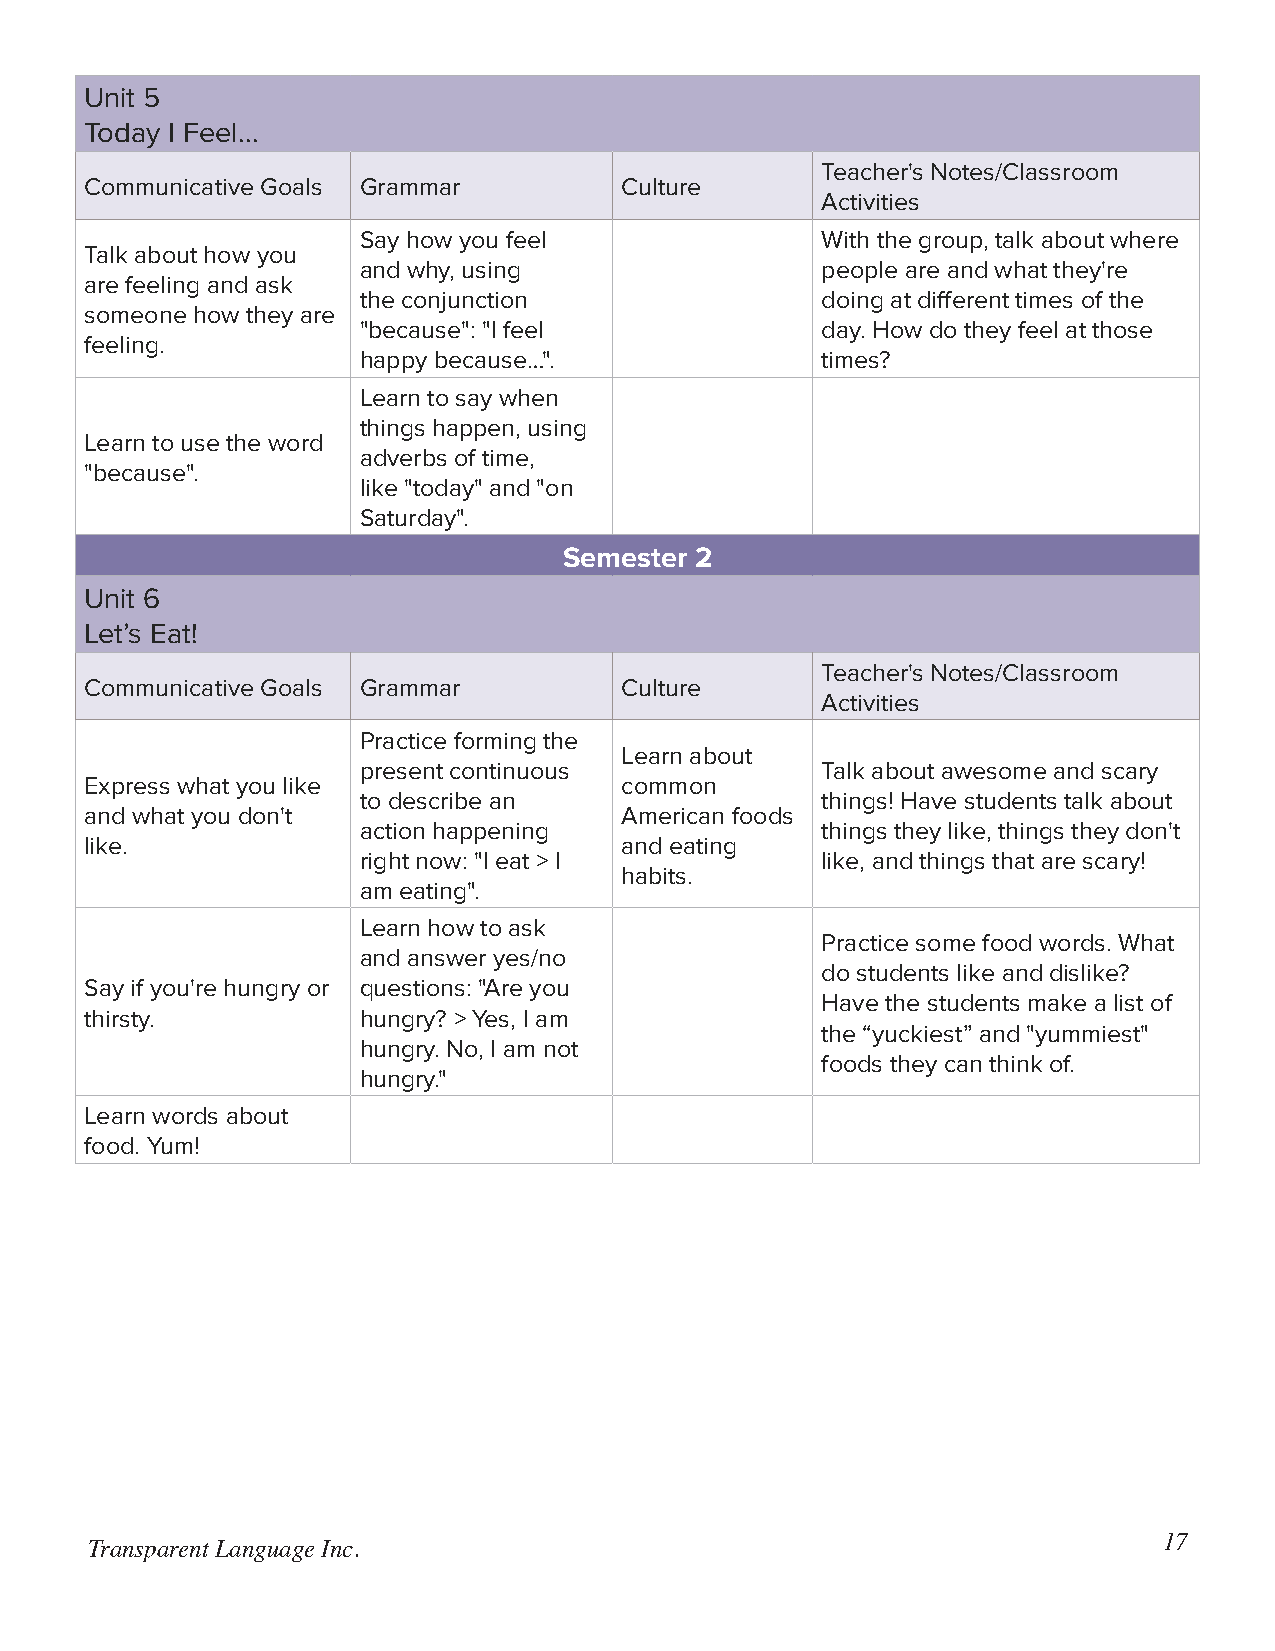
Unit 5
 Today I Feel...
 Teacher's Notes/Classroom
 Communicative Goals Grammar        Culture
 Activities
 Say how you feel              With the group, talk about where
 Talk about how you
 and why, using                people are and what they're
 are feeling and ask
 the conjunction               doing at different times of the
 someone how they are
 "because": "I feel            day. How do they feel at those
 feeling.
 happy because…".              times?
 Learn to say when
 things happen, using
 Learn to use the word
 adverbs of time,
 "because".
 like "today" and "on
 Saturday".
 Semester 2
 Unit 6
 Let’s Eat!
 Teacher's Notes/Classroom
 Communicative Goals Grammar        Culture
 Activities
 Practice forming the
 Learn about
 present continuous            Talk about awesome and scary
 Express what you like              common
 to describe an                things! Have students talk about
 and what you don't                 American foods
 action happening              things they like, things they don't
 like.                              and eating
 right now: "I eat > I         like, and things that are scary!
 habits.
 am eating".
 Learn how to ask
 Practice some food words. What
 and answer yes/no
 do students like and dislike?
 Say if you're hungry or questions: "Are you
 Have the students make a list of
 thirsty.          hungry? > Yes, I am
 the “yuckiest” and "yummiest"
 hungry. No, I am not
 foods they can think of.
 hungry."
 Learn words about
 food. Yum!
 17
 Transparent Language Inc.